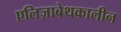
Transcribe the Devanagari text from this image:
एलिज़ाबेथकालीन